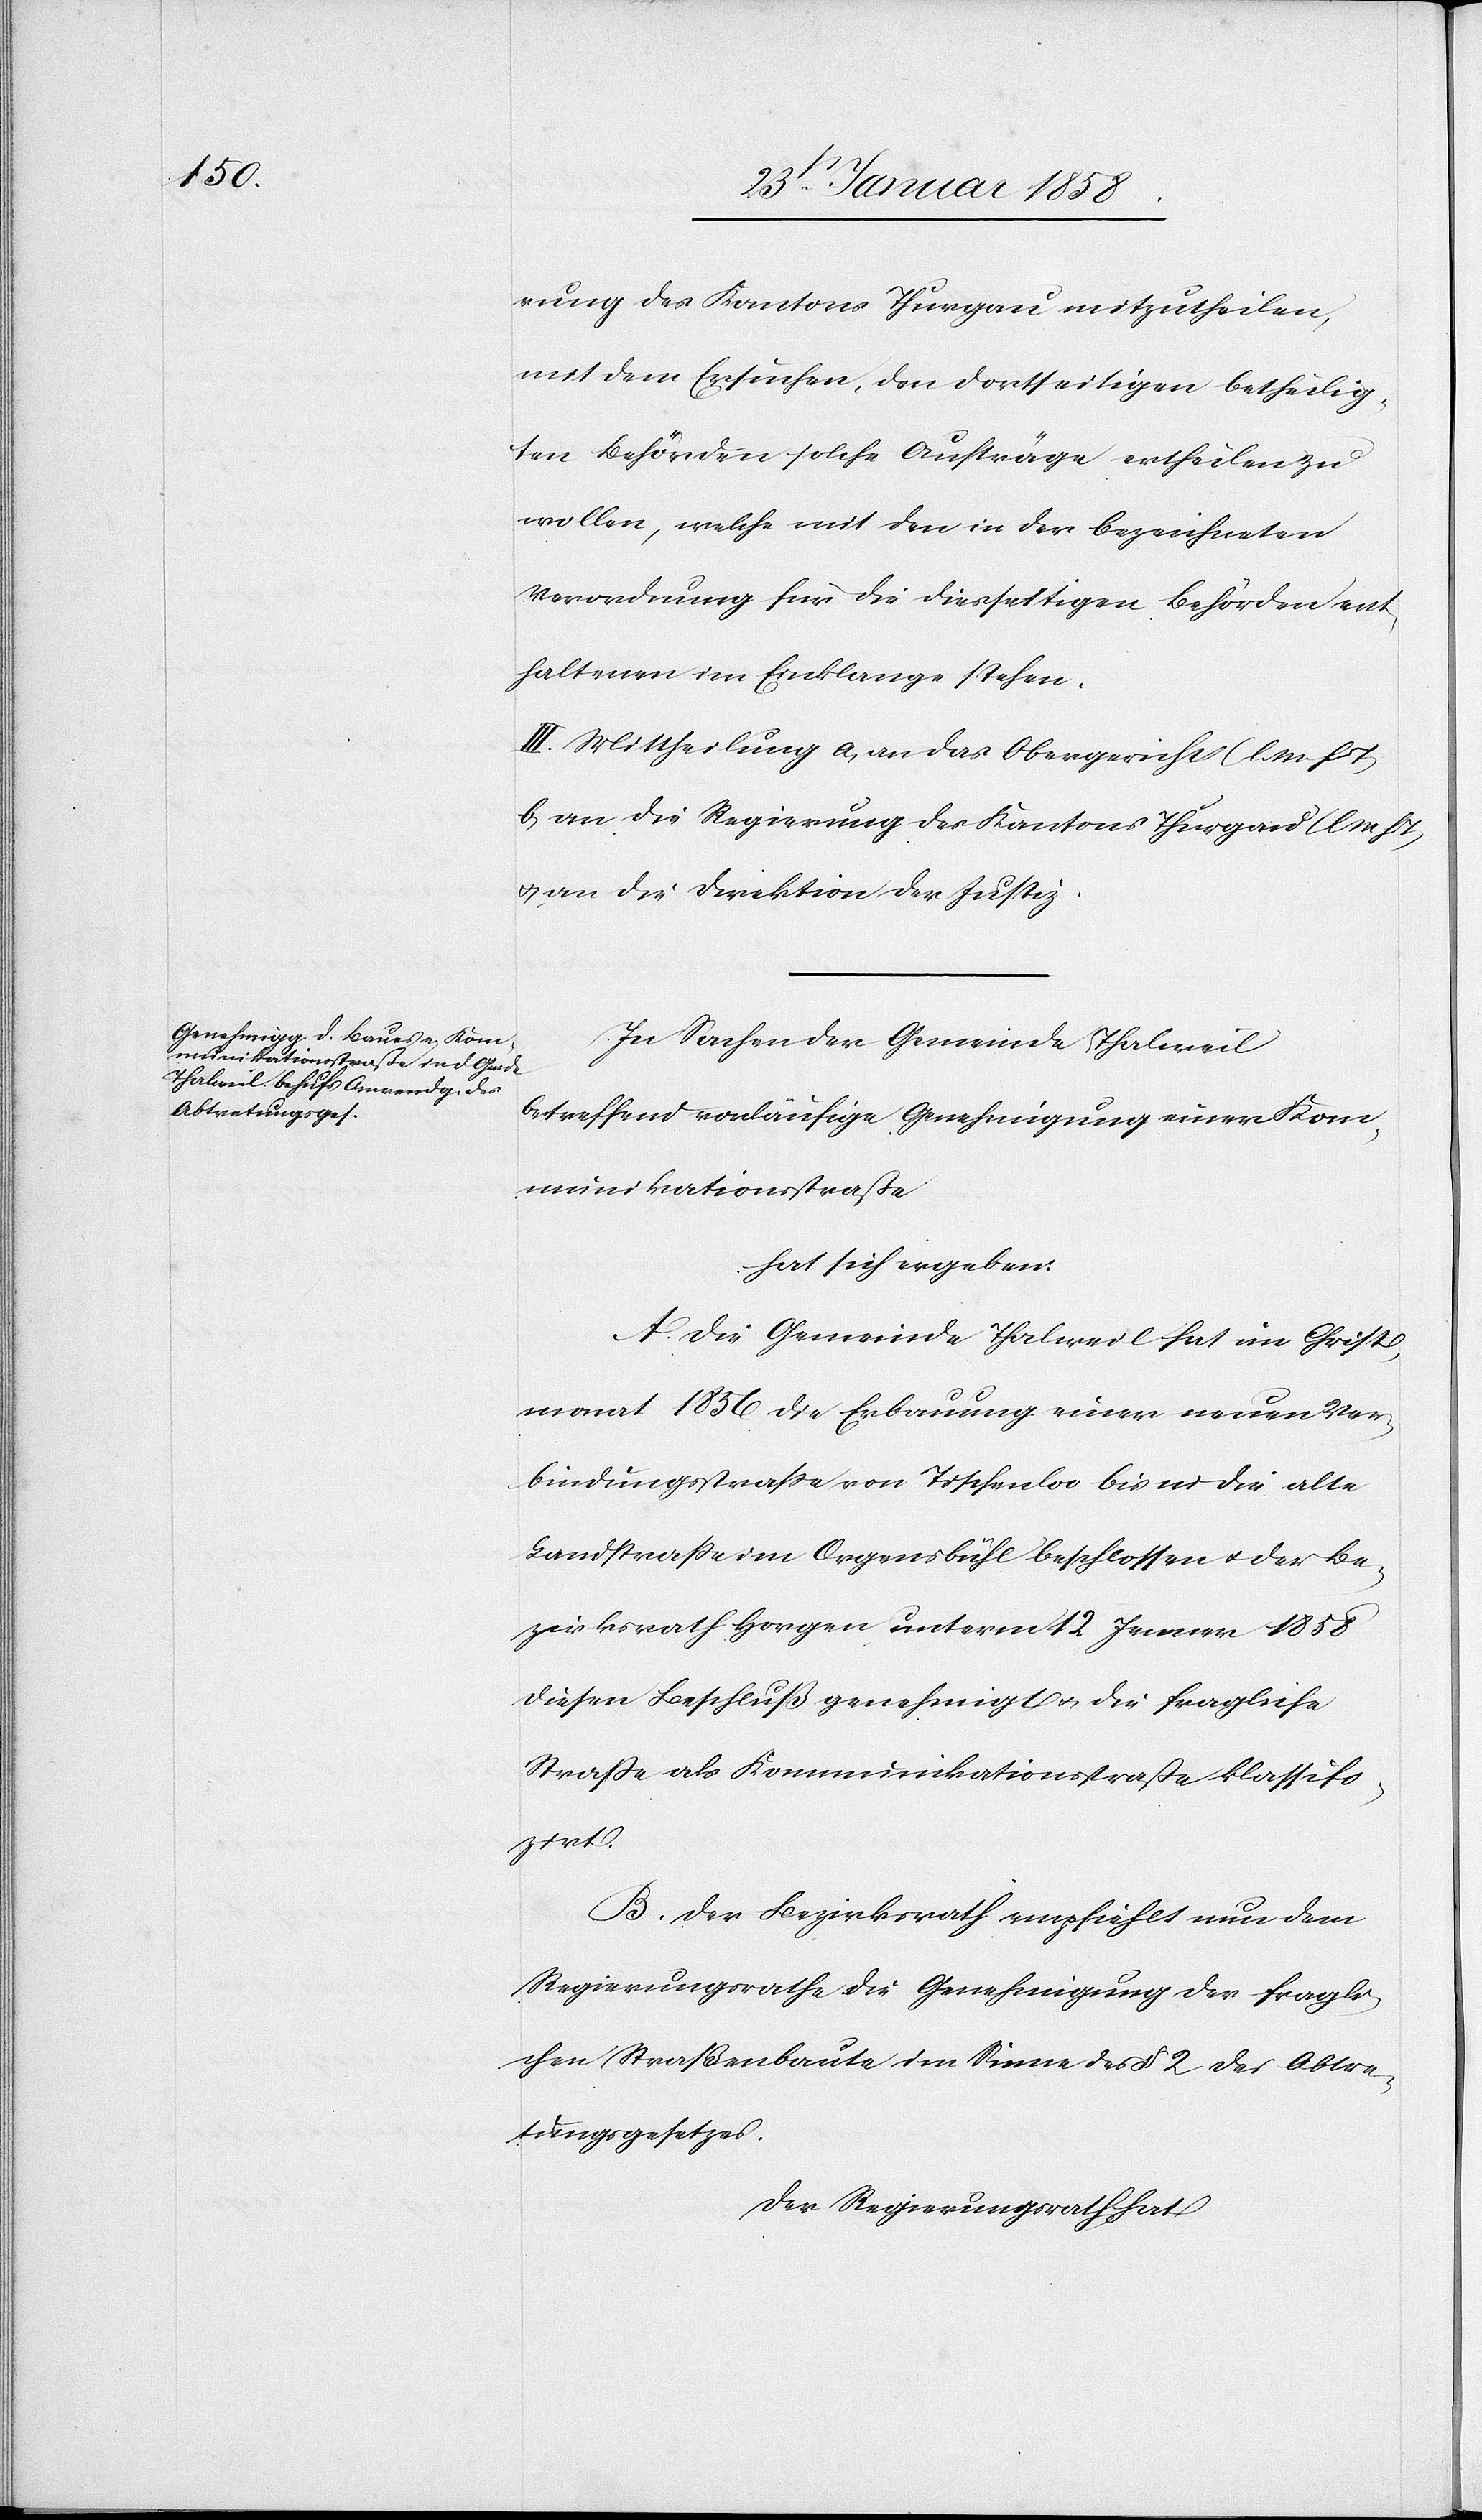
rung des Kantons Thurgau mitzutheilen,
mit dem Ersuchen, den dortseitigen betheilig¬
ten Behörden solche Aufträge ertheilen zu
wollen, welche mit den in der bezeichneten
Verordnung für die diesseitigen Behörden ent¬
haltenen im Einklange stehen.
III. Mittheilung a. an das Obergericht (l. M. h. T.),
b. an die Regierung des Kantons Thurgau (l. M.
u. an die Direktion der Justiz.
In Sachen der Gemeinde Thalweil
betreffend vorläufige Genehmigung einer Kom¬
munikationsstraße
hat sich ergeben:
A. Die Gemeinde Thalweil hat im Christ¬
monat 1856 die Erbauung einer neuen Ver¬
bindungsstraße von Tischenloo bis in die alte
Landstraße im Orgensbühl beschlossen u. der Be¬
zirksrath Horgen unterm 12 Jenner 1858
diesen Beschluß genehmigt u. die fragliche
Straße als Kommunikationsstraße klassifi¬
zirt.
B. Der Bezirksrath empfiehlt nun dem
Regierungsrathe die Genehmigung der fragli¬
chen Straßenbaute im Sinne des § 2 des Abtre¬
tungsgesetzes.
Der Regierungsrath hat